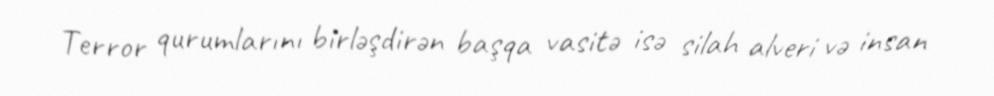
Terror qurumlarını birləşdirən başqa vasitə isə silah alveri və insan